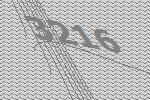
3216